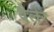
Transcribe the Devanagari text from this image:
वैलेर